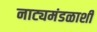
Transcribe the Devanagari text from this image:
नाट्यमंडळाशी